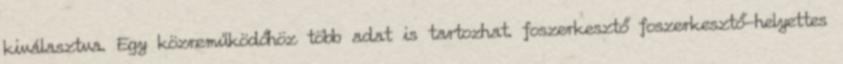
kiválasztva. Egy közreműködőhöz több adat is tartozhat. foszerkesztő foszerkesztő-helyettes